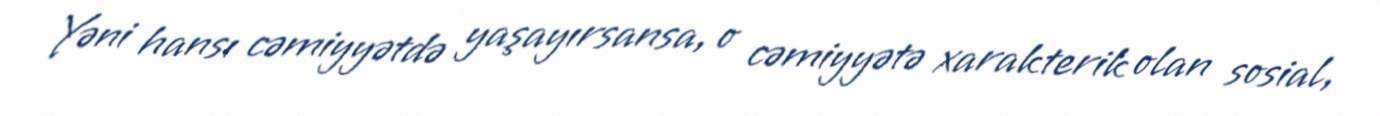
Yəni hansı cəmiyyətdə yaşayırsansa, o cəmiyyətə xarakterik olan sosial,